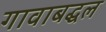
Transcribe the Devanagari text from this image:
गावाबद्धल